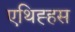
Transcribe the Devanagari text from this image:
एथिह्हस